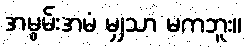
အမွမ်းအမံ မျှသာ မကဘူး။